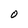
Character: O